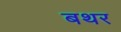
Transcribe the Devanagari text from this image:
बथर